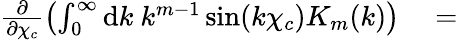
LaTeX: \begin{array}{rl}{\frac{\partial}{\partial\chi_{c}}\left(\int_{0}^{\infty}\mathrm{d}k\ k^{m-1}\sin(k\chi_{c})K_{m}(k)\right)}&{{}=}\end{array}